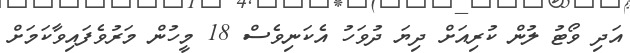
އަދި ވޯޓު ލުން ކުރިއަށް ދިޔަ ދުވަހު އެކަނިވެސް 18 މީހުން މަރުވެފައިވާކަމަށް